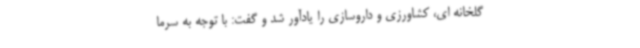
گلخانه ای، کشاورزی و داروسازی را یادآور شد و گفت: با توجه به سرما